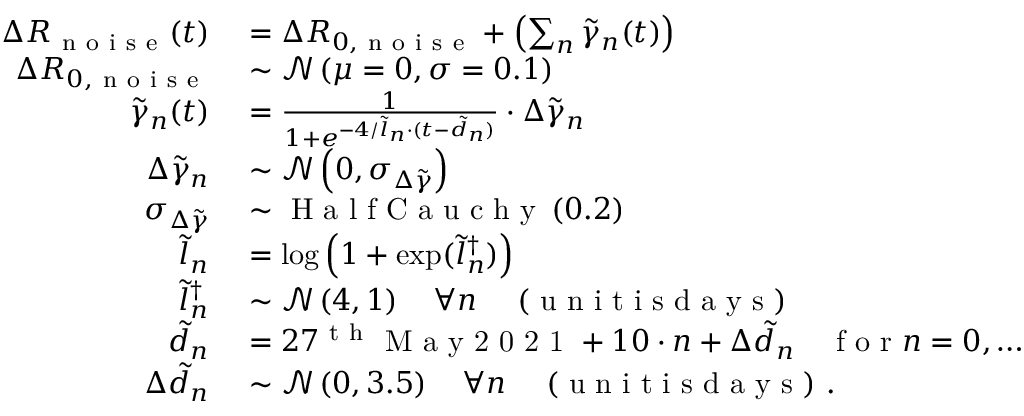
\begin{array} { r l } { \Delta R _ { \mathrm { ~ n ~ o ~ i ~ s ~ e ~ } } ( t ) } & { { } = \Delta R _ { 0 , \mathrm { ~ n ~ o ~ i ~ s ~ e ~ } } + \left( \sum _ { n } \tilde { \gamma } _ { n } ( t ) \right) } \\ { \Delta R _ { 0 , \mathrm { ~ n ~ o ~ i ~ s ~ e ~ } } } & { { } \sim \mathcal { N } \left( \mu = 0 , \sigma = 0 . 1 \right) } \\ { \tilde { \gamma } _ { n } ( t ) } & { { } = \frac { 1 } { 1 + e ^ { - 4 / \tilde { l } _ { n } \cdot ( t - \tilde { d } _ { n } ) } } \cdot \Delta \tilde { \gamma } _ { n } } \\ { \Delta \tilde { \gamma } _ { n } } & { { } \sim \mathcal { N } \left( 0 , \sigma _ { \Delta \tilde { \gamma } } \right) } \\ { \sigma _ { \Delta \tilde { \gamma } } } & { { } \sim \mathrm { ~ H ~ a ~ l ~ f ~ C ~ a ~ u ~ c ~ h ~ y ~ } \left( 0 . 2 \right) } \\ { \tilde { l } _ { n } } & { { } = \log \left( 1 + \exp ( \tilde { l } _ { n } ^ { \dagger } ) \right) } \\ { \tilde { l } _ { n } ^ { \dagger } } & { { } \sim \mathcal { N } \left( 4 , 1 \right) \quad \forall n \quad \mathrm { ~ ( ~ u ~ n ~ i ~ t ~ i ~ s ~ d ~ a ~ y ~ s ~ ) ~ } } \\ { \tilde { d } _ { n } } & { { } = 2 7 ^ { \mathrm { ~ t ~ h ~ } } \mathrm { ~ M ~ a ~ y ~ 2 ~ 0 ~ 2 ~ 1 ~ } + 1 0 \cdot n + \Delta \tilde { d } _ { n } \quad \mathrm { ~ f ~ o ~ r ~ } n = { 0 , \dots , 9 } } \\ { \Delta \tilde { d } _ { n } } & { { } \sim \mathcal { N } \left( 0 , 3 . 5 \right) \quad \forall n \quad \mathrm { ~ ( ~ u ~ n ~ i ~ t ~ i ~ s ~ d ~ a ~ y ~ s ~ ) ~ } . } \end{array}